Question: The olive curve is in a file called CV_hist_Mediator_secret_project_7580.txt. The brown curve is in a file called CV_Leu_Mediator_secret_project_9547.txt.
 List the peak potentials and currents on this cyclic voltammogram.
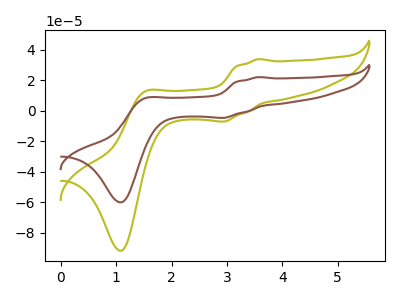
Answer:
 <answer>The olive curve "Mediator + hist" has anodic peaks at (3.55V, 33.90uA) (1.50V, 12.65uA) and cathodic peaks at (2.95V, -6.95uA) (1.10V, -91.70uA). The brown curve "Mediator + Leu" has anodic peaks at (3.55V, 22.20uA) (1.50V, 8.25uA) and cathodic peaks at (2.95V, -4.55uA) (1.10V, -59.95uA).</answer>
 <eval></eval>